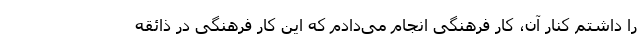
را داشتم کنار آن، کار فرهنگی انجام می‌دادم که این کار فرهنگی در ذائقه